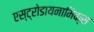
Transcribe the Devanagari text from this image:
एस्ट्रोडायनामिक्स